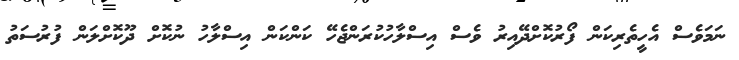
ނަމަވެސް އެހީތެރިކަން ފޯރުކޮށްދޭއިރު ވެސް އިސްލާހުކުރަންޖެހޭ ކަންކަން އިސްލާހު ނުކޮށް ދޫކޮށްލަން ފުރުސަތު